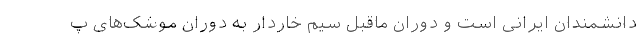
دانشمندان ایرانی است و دوران ماقبل سیم خاردار به دوران موشک‌های پ